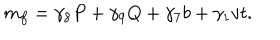
m _ { f } = \gamma _ { 8 } P + \gamma _ { 9 } Q + \gamma _ { 7 } b + \gamma _ { 1 } v t .